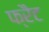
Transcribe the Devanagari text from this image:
फ्रैट